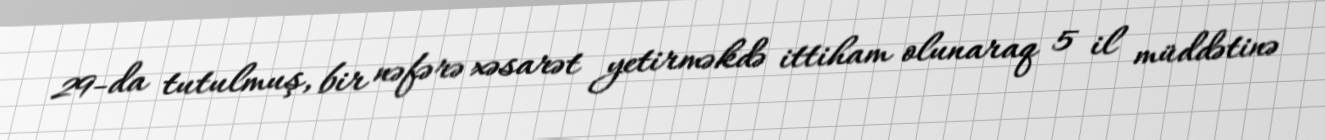
29-da tutulmuş, bir nəfərə xəsarət yetirməkdə ittiham olunaraq 5 il müddətinə